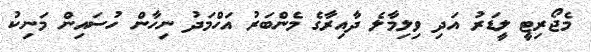
މެޖޯރިޓީ ލީޑަރު އަދި ވިލިމާލެ ދާއިރާގެ މެންބަރު އަހްމަދު ނިހާން ހުސައިން މަނިކު